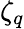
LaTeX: \zeta_{q}